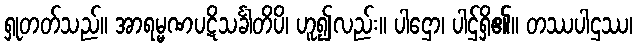
ရှုတတ်သည်။ အာရမ္မဏပဋိသင်္ခါတိပိ၊ ဟူ၍လည်း။ ပါဌော၊ ပါဌ်ရှိ၏။ တဿပါဌဿ၊